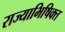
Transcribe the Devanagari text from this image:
राज्याभिषिक्त